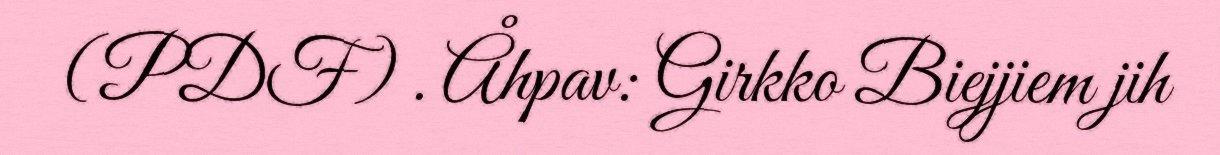
(PDF) . Åhpav: Girkko Biejjiem jih